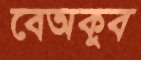
বেঅকুব